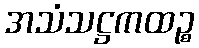
အသံသဋ္ဌကထဉ္စ